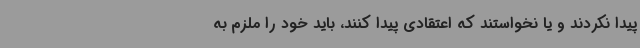
پیدا نکردند و یا نخواستند که اعتقادی پیدا کنند، باید خود را ملزم به